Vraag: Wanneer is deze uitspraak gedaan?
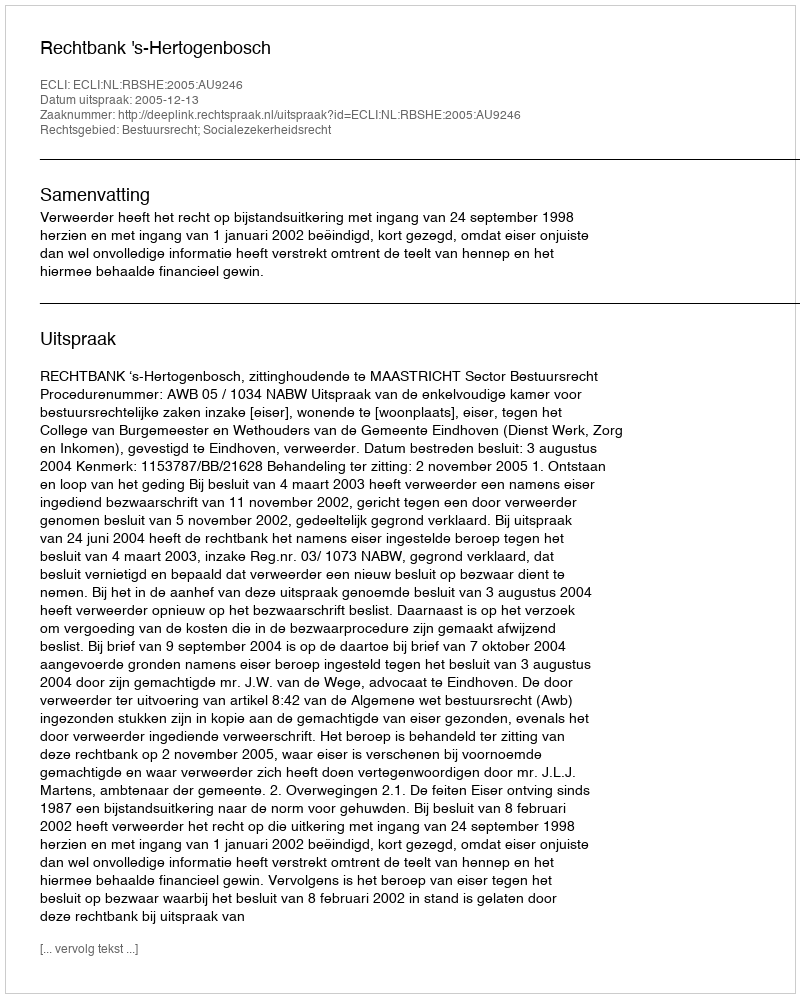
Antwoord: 2005-12-13